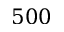
5 0 0